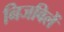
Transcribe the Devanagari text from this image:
निजविलें